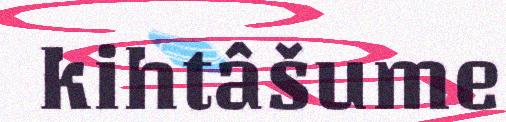
kihtâšume